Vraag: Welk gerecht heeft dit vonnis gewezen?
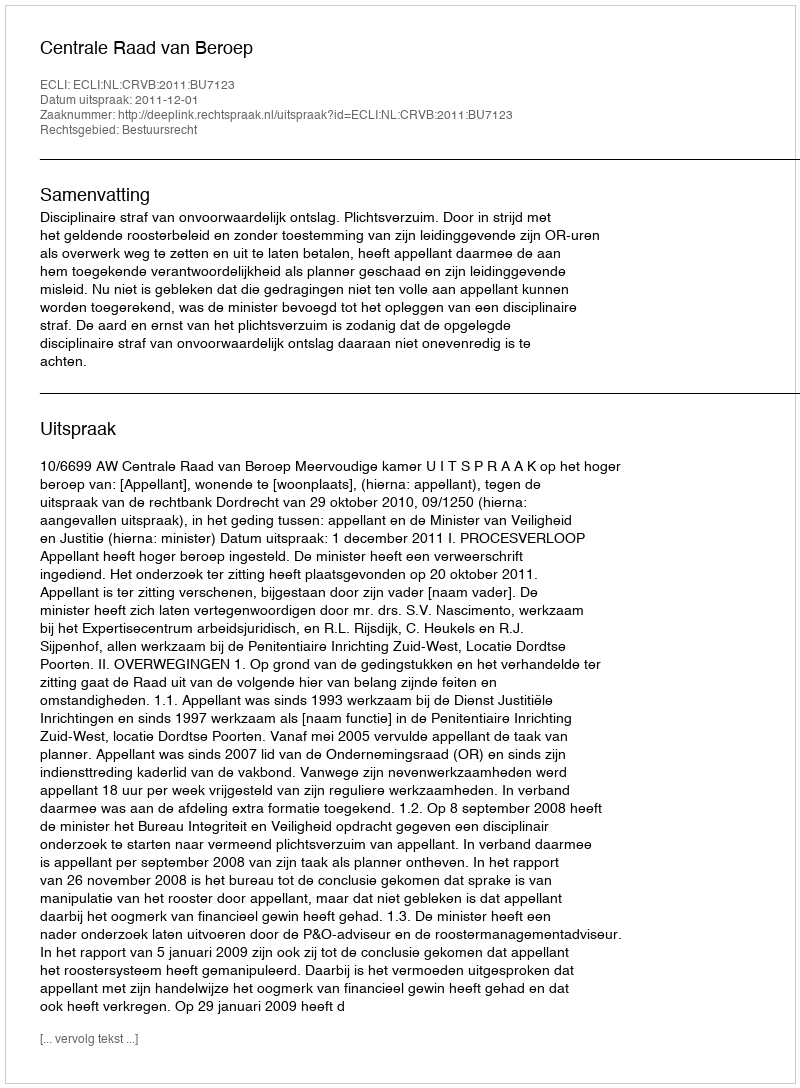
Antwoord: Centrale Raad van Beroep